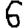
Digit: 6